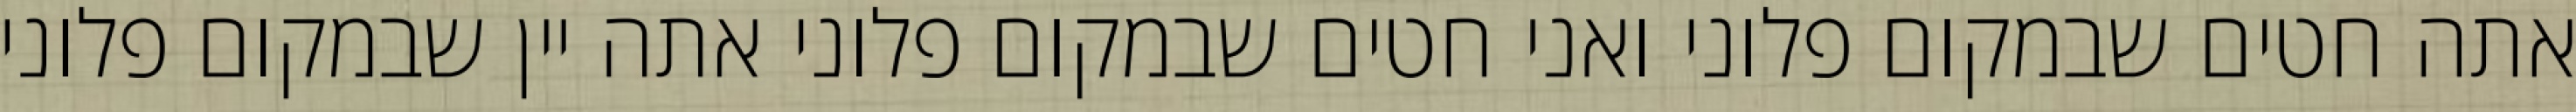
אתה חטים שבמקום פלוני ואני חטים שבמקום פלוני אתה יין שבמקום פלוני